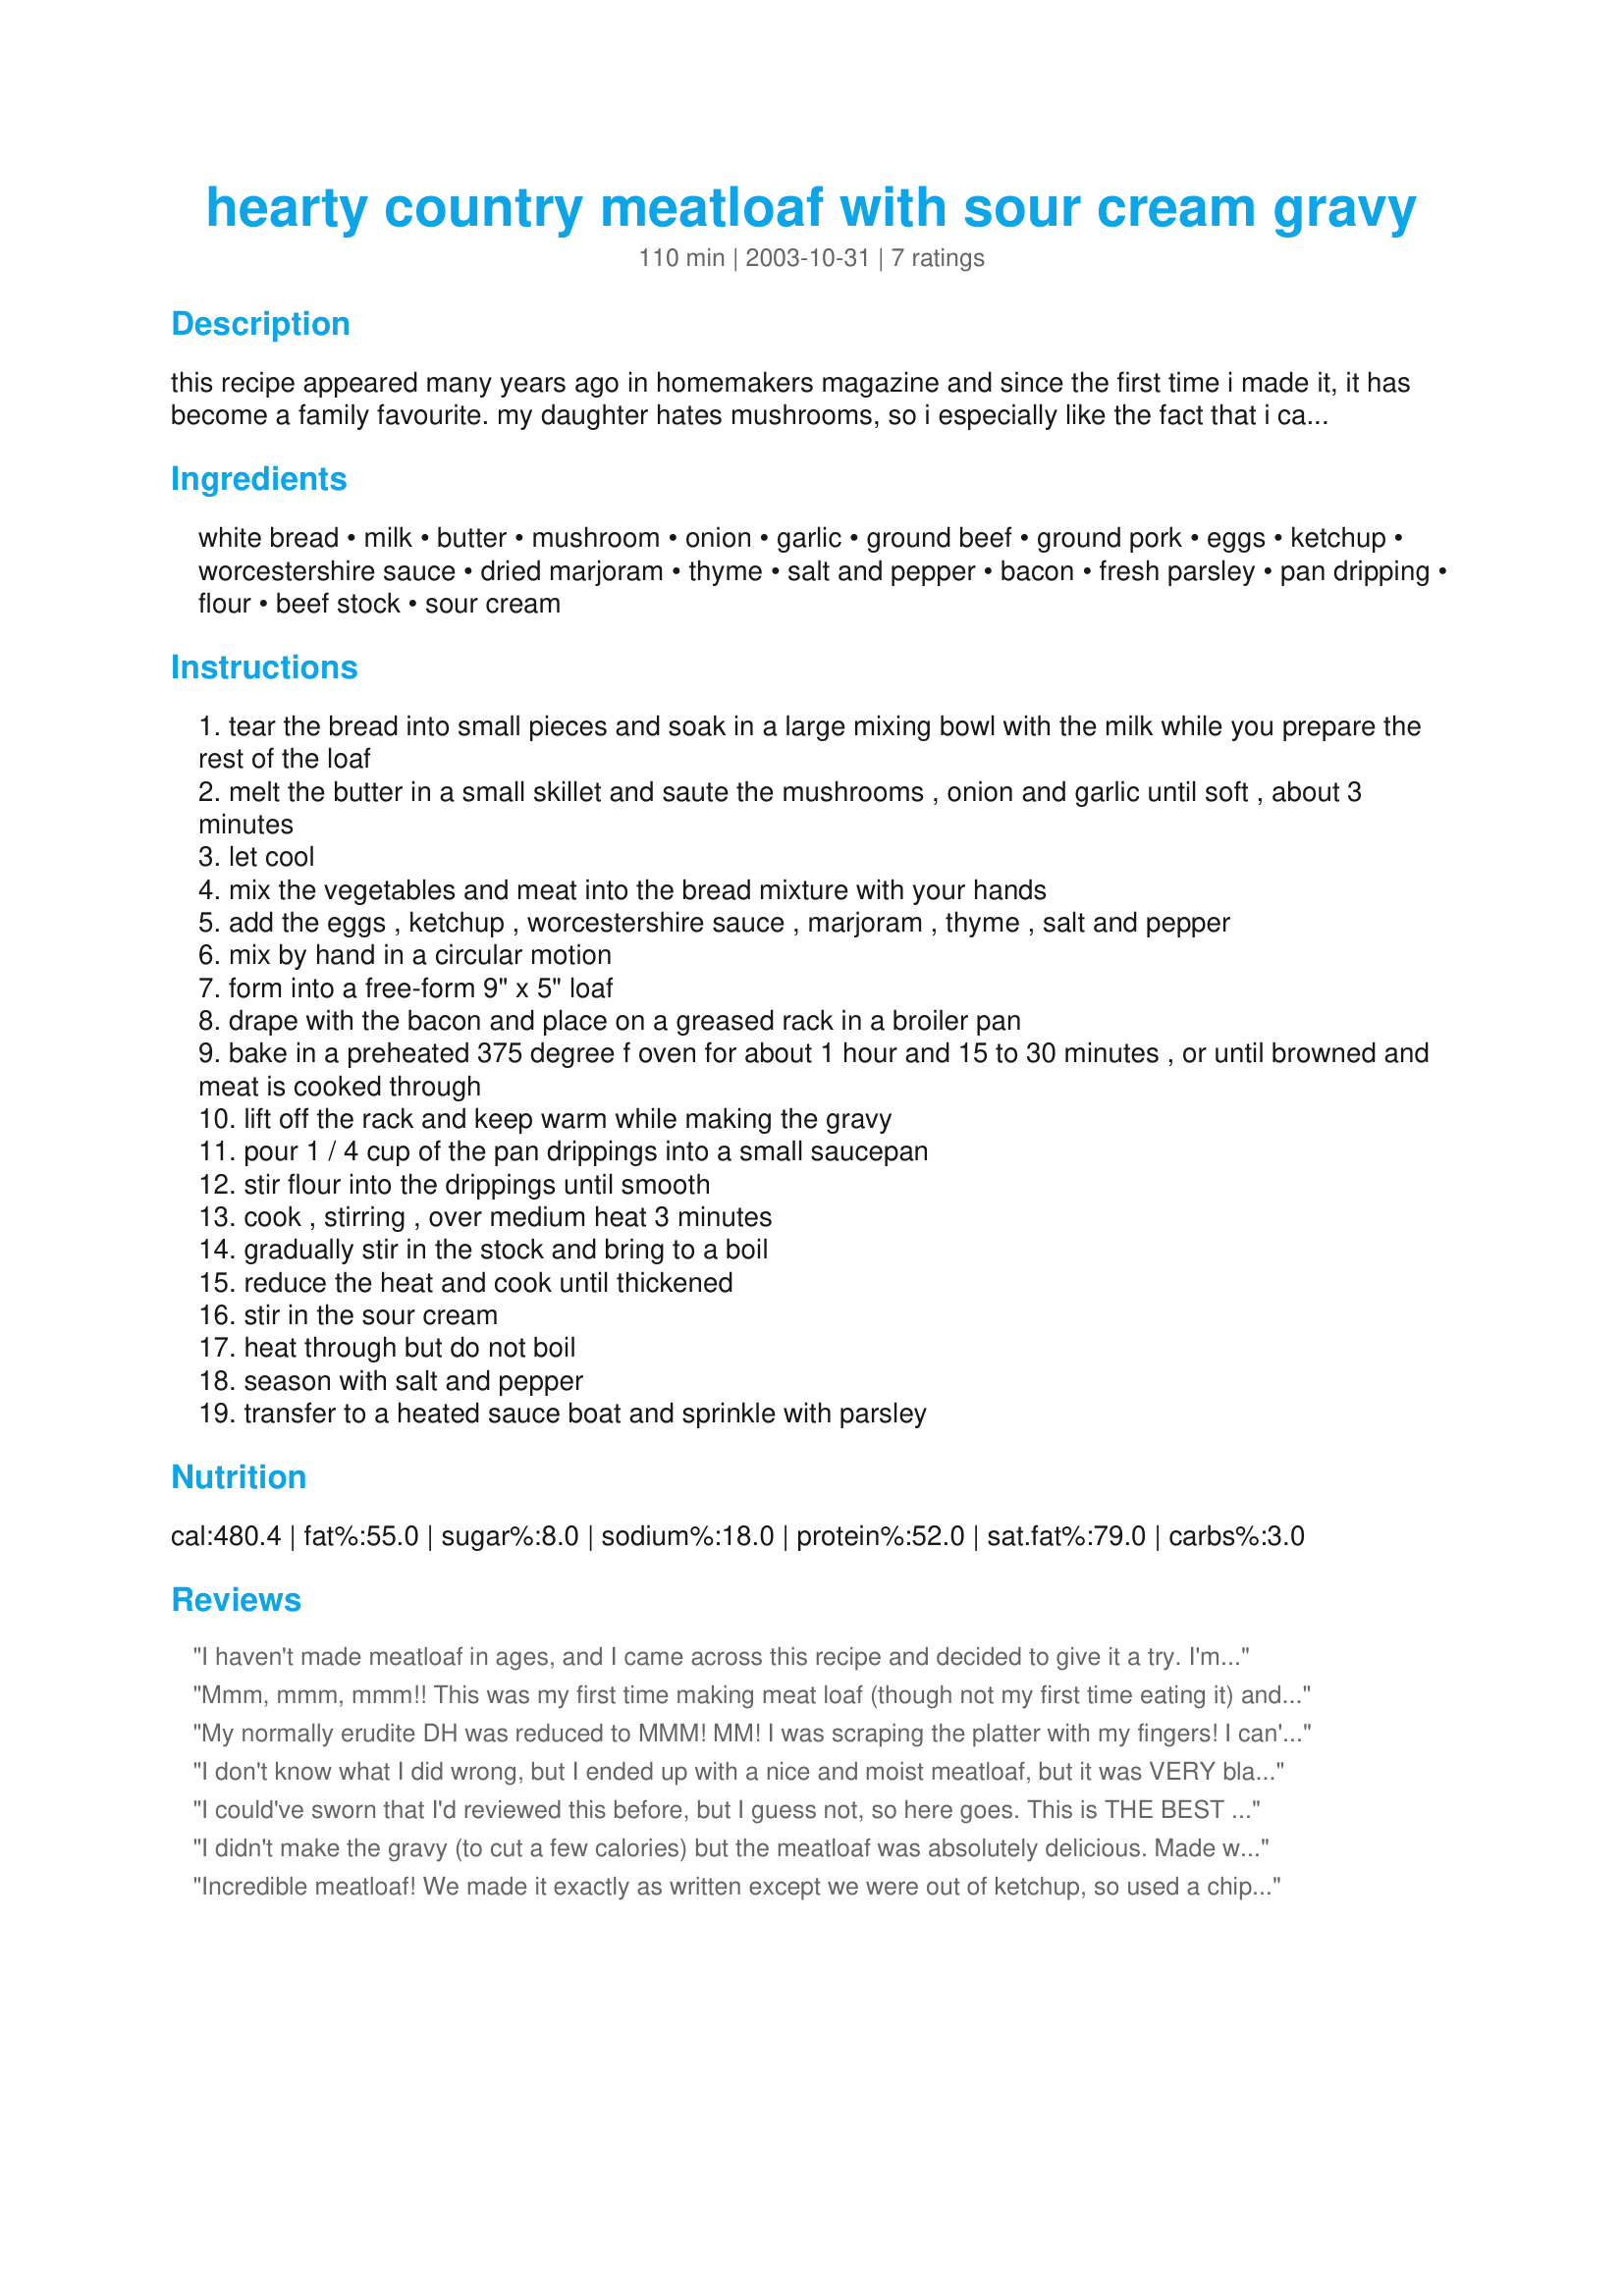
hearty country meatloaf with sour cream gravy
Preparation time: 110 minutes

this recipe appeared many years ago in homemakers magazine and since the first time i made it, it has become a family favourite. my daughter hates mushrooms, so i especially like the fact that i can chop them up finely and sneak them into the mixture and she is none the wiser! the cold leftovers make great sandwiches.

Ingredients:
white bread, milk, butter, mushroom, onion, garlic, ground beef, ground pork, eggs, ketchup, worcestershire sauce, dried marjoram, thyme, salt and pepper, bacon, fresh parsley, pan dripping, flour, beef stock, sour cream

Steps:
tear the bread into small pieces and soak in a large mixing bowl with the milk while you prepare the rest of the loaf
melt the butter in a small skillet and saute the mushrooms , onion and garlic until soft , about 3 minutes
let cool
mix the vegetables and meat into the bread mixture with your hands
add the eggs , ketchup , worcestershire sauce , marjoram , thyme , salt and pepper
mix by hand in a circular motion
form into a free-form 9" x 5" loaf
drape with the bacon and place on a greased rack in a broiler pan
bake in a preheated 375 degree f oven for about 1 hour and 15 to 30 minutes , or until browned and meat is cooked through
lift off the rack and keep warm while making the gravy
pour 1 / 4 cup of the pan drippings into a small saucepan
stir flour into the drippings until smooth
cook , stirring , over medium heat 3 minutes
gradually stir in the stock and bring to a boil
reduce the heat and cook until thickened
stir in the sour cream
heat through but do not boil
season with salt and pepper
transfer to a heated sauce boat and sprinkle with parsley

Reviews:
I haven't made meatloaf in ages, and I came across this recipe and decided to give it a try. I'm so glad I did! This produces a tender, flavorful meatloaf with exceptional flavor! It also slices easily and holds together well. The icing on the cake is the fantastic gravy! This dish exemplifies country cooking at its
finest!
Mmm, mmm, mmm!! This was my first time making meat loaf (though not my first time eating it) and I don't think I'll ever enjoy another meatloaf better than this! I suggest taking a little raw piece off and cooking it in the microwave to test the seasoning. I added a little extra ketchup and worcestershire sauce. I also added 3 strips chopped raw bacon in the meat mix.

This one was a real hit!!
My normally erudite DH was reduced to MMM! MM! I was scraping the platter with my fingers! I can't say YUMMY enough. I added some sauteed mushrooms to the sauce. I took pics and will let you see them soon!! Thank you, Thank you, Thank you. BTW we used to make the "Ann Landers" meatloaf. Not anymore!!!
I don't know what I did wrong, but I ended up with a nice and moist meatloaf, but it was VERY bland and the gravy as well. So I averaged at a 4, the moistness was a 5, blandness a 3. I had SUCH high hopes for this, but all I could really taste (and that was barely at that) the bacon topping. The gravy tasted like warm sour cream. I wish I could say this would be our meatloaf of choice from now on, but I doubt I will make it again, at least not without changes that would really change the recipe.
I could've sworn that I'd reviewed this before, but I guess not, so here goes. This is THE BEST meatloaf I've ever had. I made it exactly as written, and it was excellent, and I've also made some changes/tweaks over time. I use super lean beef (~90 to 95% lean), multi-grain bread (with sunflower seeds, flax seeds, and walnuts in it), lean center-cut bacon, and a mixture of light sour cream with a tablespoon or two of creme fraiche for the gravy. Instead of ketchup, I use A-1 steak sauce (the bold and spicy is especially good), and I usually use at least a cup or more of the mushrooms (I prefer cremini). It's absolutely one of our favorite dishes (and until this recipe, I didn't even like meatloaf). There are other tweaks I may try (like flourpower's suggestion of adding chopped bacon in the meat mix), but this is just a great recipe. Thanks, Irmgard, for a real winner.
I didn't make the gravy (to cut a few calories) but the meatloaf was absolutely delicious. Made with just ground beef (no ground pork on hand)and followed the rest of the directions exactly. Thanks for a great recipe, Irmgard!
P.S. You are right about the leftovers making great sandwiches!
Incredible meatloaf! We made it exactly as written except we were out of ketchup, so used a chipotle barbecue sauce. We also put a piece of nonstick aluminum foil over the rack, since the meatloaf was fairly "wet". We still got plenty of pan drippings (used 85% lean beef, and 80% lean pork). Absolutely outstanding. The mushrooms added an especially nice touch. This is the only meatloaf recipe for us from now on. Unblievably good - moist, flavorful - perfect comfort food.
